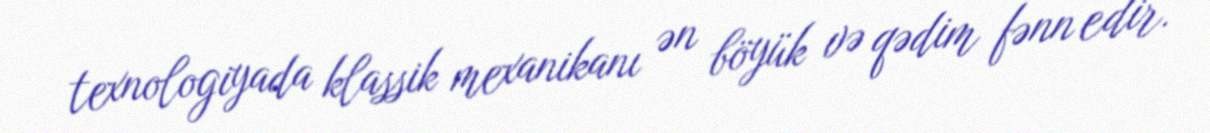
texnologiyada klassik mexanikanı ən böyük və qədim fənn edir.